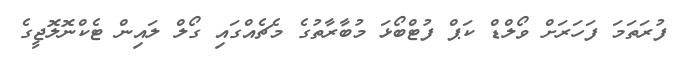
ފުރަތަމަ ފަހަރަށް ވޯލްޑް ކަޕް ފުޓްބޯޅަ މުބާރާތުގެ މެޗެއްގައި ގޯލް ލައިން ޓެކްނޮލޮޖީގެ